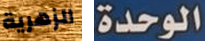
الزهرية الوحدة